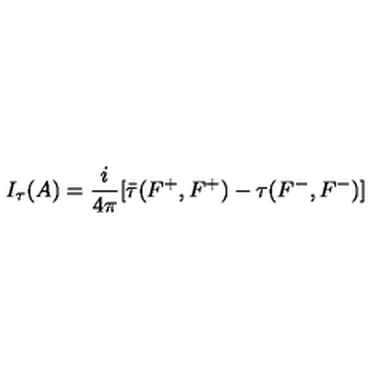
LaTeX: I _ { \tau } ( A ) = \frac { i } { 4 \pi } [ \bar { \tau } ( F ^ { + } , F ^ { + } ) - \tau { } ( F ^ { - } , F ^ { - } ) ]